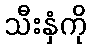
သီးနှံကို